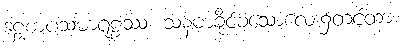
ဒဠှစာပသမာရူဠှဿ၊ သန်မာခိုင်ခံ့သောလေး၌တင်ထား